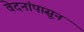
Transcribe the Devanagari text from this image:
वेदनांपासून